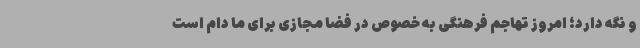
و نگه دارد؛ امروز تهاجم فرهنگی به خصوص در فضا مجازی برای ما دام است